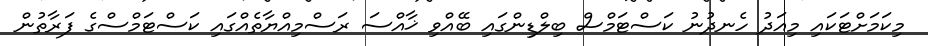
މިކަމަށްޓަކައި މިއަދު ހެނދުނު ކަސްޓަމްސް ބިލްޑިންގައި ބޭއްވި ޚާއްސަ ރަސްމިއްޔާތެއްގައި ކަސްޓަމްސްގެ ފަރާތުން